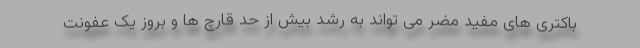
باکتری های مفید مضر می تواند به رشد بیش از حد قارچ ها و بروز یک عفونت